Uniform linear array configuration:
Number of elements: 24
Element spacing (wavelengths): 0.75
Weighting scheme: kaiser
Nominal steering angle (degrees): -45
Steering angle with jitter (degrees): -43.407
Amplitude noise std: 0.05
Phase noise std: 0.05

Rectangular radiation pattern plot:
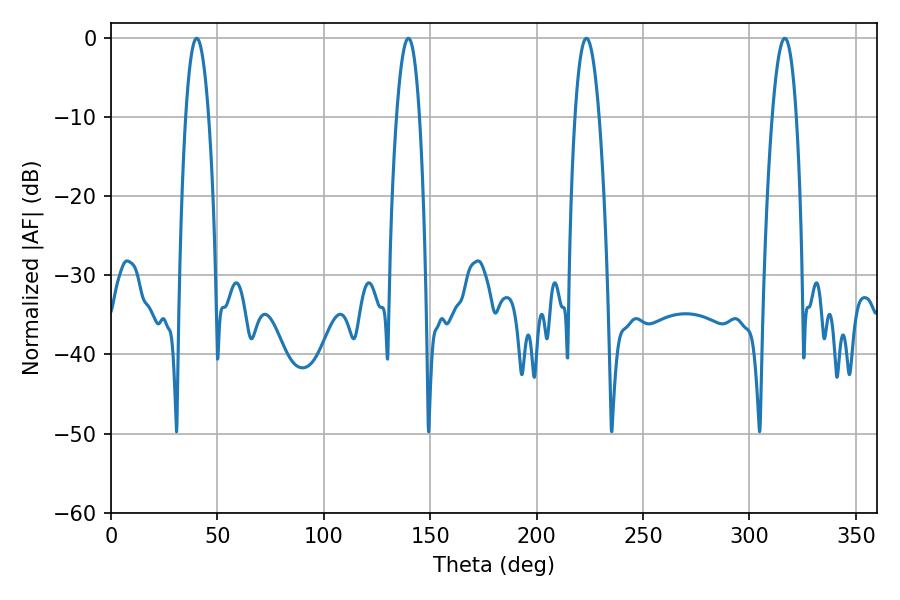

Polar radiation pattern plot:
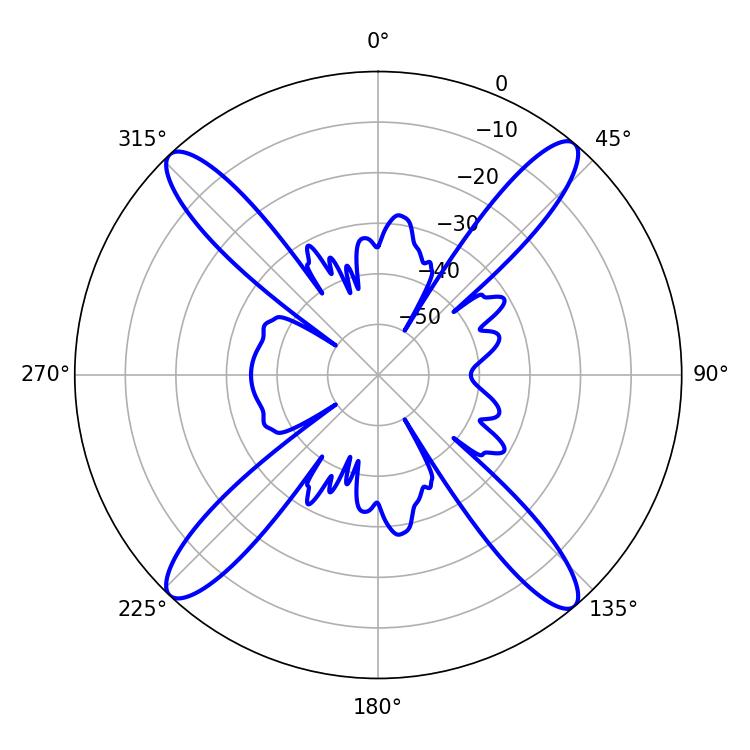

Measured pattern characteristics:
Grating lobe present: TRUE
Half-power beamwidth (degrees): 6.3
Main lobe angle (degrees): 223.38